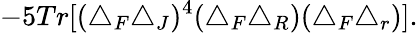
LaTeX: -5Tr[(\triangle_{F}\triangle_{J})^{4}(\triangle_{F}\triangle_{R})(\triangle_{F}\triangle_{r})].